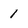
Character: 1